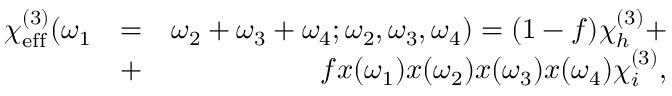
\begin{array} { r l r } { \chi _ { \mathrm { e f f } } ^ { ( 3 ) } ( \omega _ { 1 } } & { = } & { \omega _ { 2 } + \omega _ { 3 } + \omega _ { 4 } ; \omega _ { 2 } , \omega _ { 3 } , \omega _ { 4 } ) = ( 1 - f ) \chi _ { h } ^ { ( 3 ) } + } \\ & { + } & { f x ( \omega _ { 1 } ) x ( \omega _ { 2 } ) x ( \omega _ { 3 } ) x ( \omega _ { 4 } ) \chi _ { i } ^ { ( 3 ) } , } \end{array}